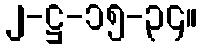
၂-ဋ္ဌ-၁၅-၃၄။